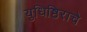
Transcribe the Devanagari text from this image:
युधिष्ठिराचे